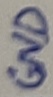
Text: GND